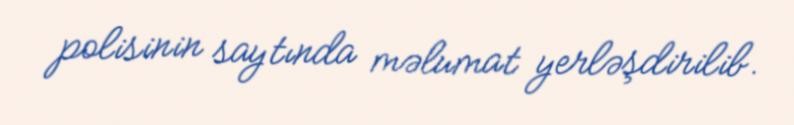
polisinin saytında məlumat yerləşdirilib.